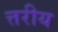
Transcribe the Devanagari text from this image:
त्तरीय